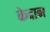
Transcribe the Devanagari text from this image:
केदान